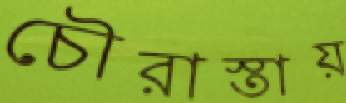
চৌরাস্তায়